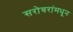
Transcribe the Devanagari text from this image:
सरोवरांमधून